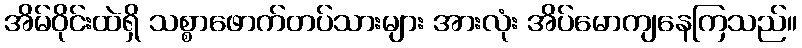
အိမ်ဝိုင်းထဲရှိ သစ္စာဖောက်တပ်သားများ အားလုံး အိပ်မောကျနေကြသည်။